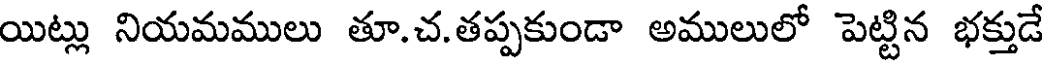
యిట్లు నియమములు తూ.చ.తప్పకుండా అములులో పెట్టిన భక్తుడే